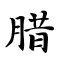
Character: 腊